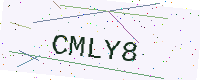
Text: CMLY8